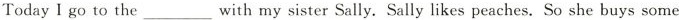
Today I go to the ___ with my sister Sally. Sally likes peaches. So she buys some